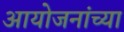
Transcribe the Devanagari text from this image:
आयोजनांच्‍या